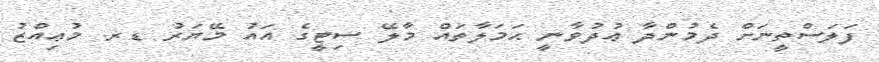
ފަލަސްތީނަށް ދެމުންދާ ޢުދުވާނީ ޙަމަލާތައް މާލޭ ސިޓީގެ އައު މޭޔަރު ޑރ. މުޢިއްޒު